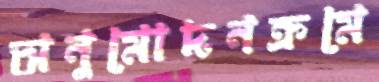
অনুমোদনক্রমে